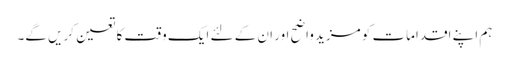
ہم اپنے اقدامات کو مزید واضح اور ان کے لئے ایک وقت کا تعین کریں گے۔